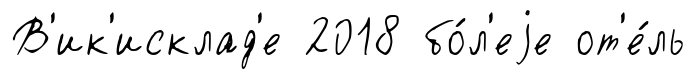
В'ик'исклад'е 2018 бо́л'еjе от'е́ль